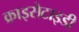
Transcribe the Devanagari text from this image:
क्राइसेटाइडी